Civil Veterinary Dept. Assam report 1927-50 - 1927-1950
Year: 1927
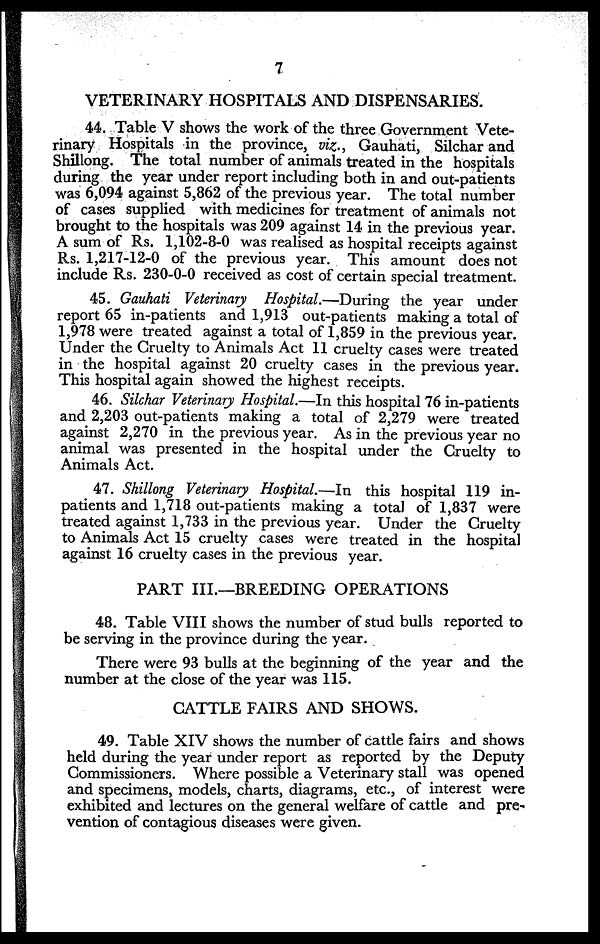
7
VETERINARY HOSPITALS AND DISPENSARIES.
44. Table V shows the work of the three Government Vete-
rinary Hospitals in the province, viz., Gauhati, Silchar and
Shillong. The total number of animals treated in the hospitals
during the year under report including both in and out-patients
was 6,094 against 5,862 of the previous year. The total number
of cases supplied with medicines for treatment of animals not
brought to the hospitals was 209 against 14 in the previous year.
A sum of Rs. 1,102-8-0 was realised as hospital receipts against
Rs. 1,217-12-0 of the previous year. This amount does not
include Rs. 230-0-0 received as cost of certain special treatment.
45. Gauhati Veterinary Hospital.—During the year under
report 65 in-patients and 1,913 out-patients making a total of
1,978 were treated against a total of 1,859 in the previous year.
Under the Cruelty to Animals Act 11 cruelty cases were treated
in the hospital against 20 cruelty cases in the previous year.
This hospital again showed the highest receipts.
46. Silchar Veterinary Hospital.—In this hospital 76 in-patients
and 2,203 out-patients making a total of 2,279 were treated
against 2,270 in the previous year. As in the previous year no
animal was presented in the hospital under the Cruelty to
Animals Act.
47. Shillong Veterinary Hospital.—In this hospital 119 in-
patients and 1,718 out-patients making a total of 1,837 were
treated against 1,733 in the previous year. Under the Cruelty
to Animals Act 15 cruelty cases were treated in the hospital
against 16 cruelty cases in the previous year.
PART III.—BREEDING OPERATIONS
48. Table VIII shows the number of stud bulls reported to
be serving in the province during the year.
There were 93 bulls at the beginning of the year and the
number at the close of the year was 115.
CATTLE FAIRS AND SHOWS.
49. Table XIV shows the number of cattle fairs and shows
held during the year under report as reported by the Deputy
Commissioners. Where possible a Veterinary stall was opened
and specimens, models, charts, diagrams, etc., of interest were
exhibited and lectures on the general welfare of cattle and pre-
vention of contagious diseases were given.